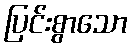
ပြင်းစွာသော